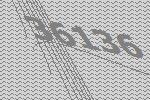
36136